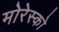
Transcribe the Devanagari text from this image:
मोरेस्को